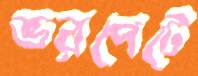
ভরপেটে